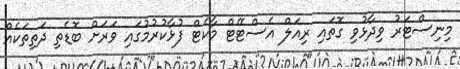
މިނިސްޓަރު ވިދާޅުވި ގޮތައި ރިއަލް އެސްޓޭޓް މާކެޓް ފުޅާކުރުމުގައި ވަރަށް ބޮޑެތި ދަތިތަކެއް